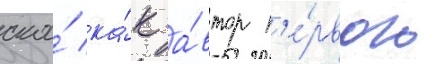
ска́ ка́к а́втор п'е́рвого